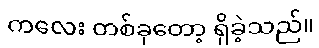
ကလေး တစ်ခုတော့ ရှိခဲ့သည်။